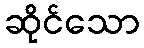
ဆိုင်သော